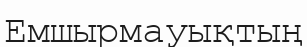
Емшырмауықтың